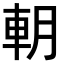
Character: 𨊸